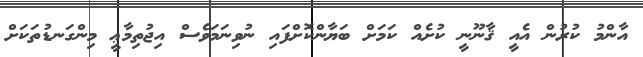
އާންމު ކުރުން އެއީ ޤާނޫނީ ކުށެއް ކަމަށް ބަޔާންކޮށްފައި ނުވިނަމަވެސް އިޖުތިމާޢީ މިންގަނޑުތަކަށް